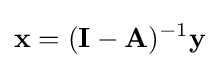
\mathbf {x} =(\mathbf {I-A} )^{-1}\mathbf {y}